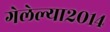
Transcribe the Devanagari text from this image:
गेलेल्या२०१४